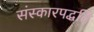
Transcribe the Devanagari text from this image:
संस्कारपद्धति